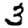
Digit: 3